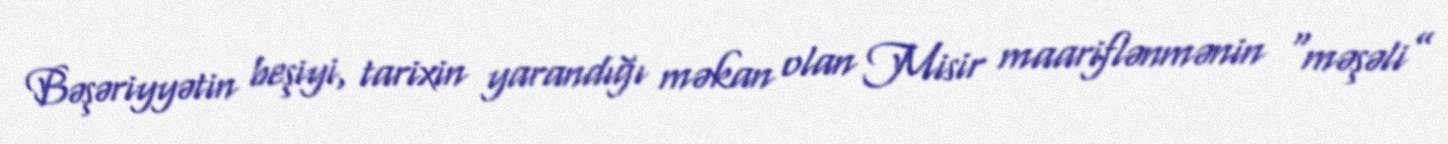
Bəşəriyyətin beşiyi, tarixin yarandığı məkan olan Misir maariflənmənin “məşəli”